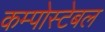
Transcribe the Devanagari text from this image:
कम्पोस्टेबल